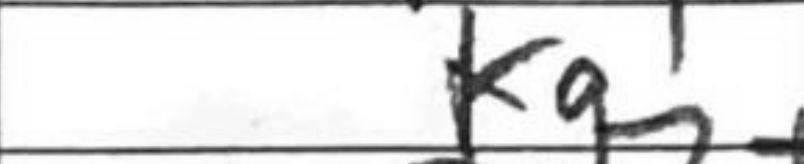
Transcription: Kg1